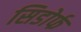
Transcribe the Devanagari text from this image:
सिडोर्फ